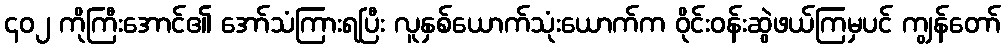
၄၀၂ ကိုကြီးအောင်၏ အော်သံကြားရပြီး လူနှစ်ယောက်သုံးယောက်က ဝိုင်းဝန်းဆွဲဖယ်ကြမှပင် ကျွန်တော်